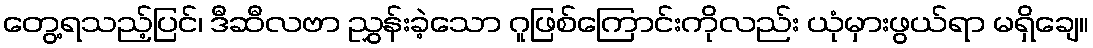
တွေ့ရသည့်ပြင်၊ ဒီဆီလဗာ ညွှန်းခဲ့သော ဂူဖြစ်ကြောင်းကိုလည်း ယုံမှားဖွယ်ရာ မရှိချေ။